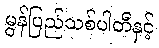
မွန်ပြည်သစ်ပါတီနှင့်